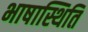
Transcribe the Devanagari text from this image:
भाषास्थिति